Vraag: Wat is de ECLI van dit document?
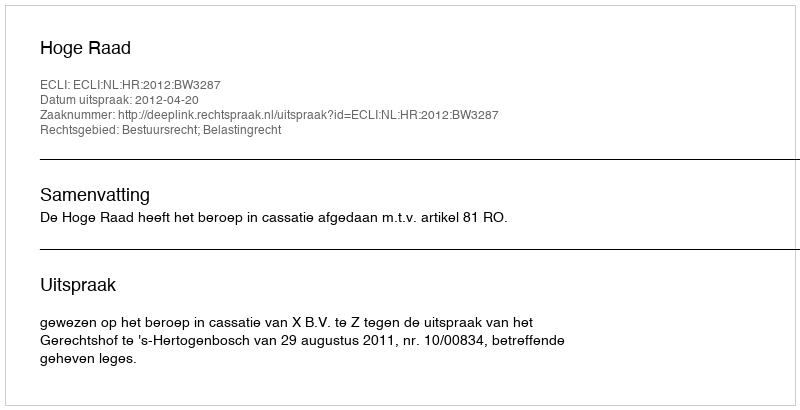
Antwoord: ECLI:NL:HR:2012:BW3287